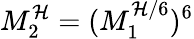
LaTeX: M_{2}^{\mathcal{H}}=(M_{1}^{\mathcal{H}/6})^{6}